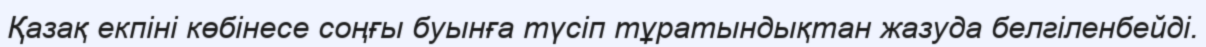
Қазақ екпіні көбінесе соңғы буынға түсіп тұратындықтан жазуда белгіленбейді.